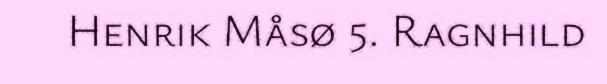
Henrik Måsø 5. Ragnhild